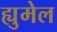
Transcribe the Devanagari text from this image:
ह्युमेल